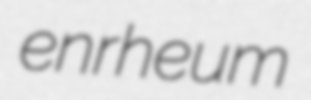
enrheum